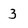
Character: 3